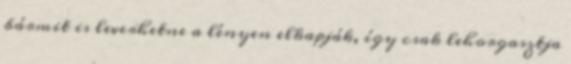
bármit is leverhetne a lényen elkapják, így csak lehorgasztja